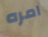
امره